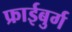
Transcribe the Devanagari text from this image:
फ्राईबुर्ग